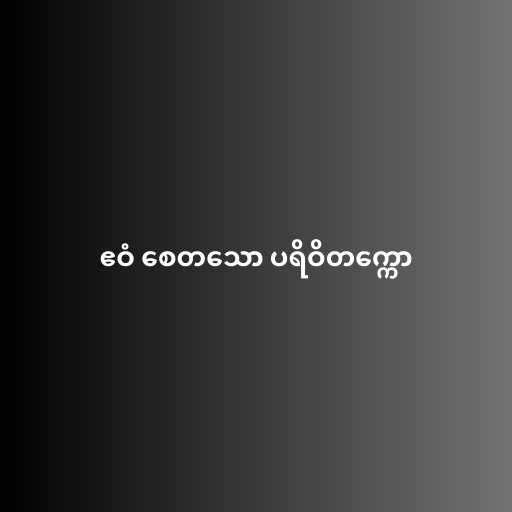
ဧဝံ စေတသော ပရိဝိတက္ကော